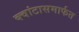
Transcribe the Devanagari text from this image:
क्वांटासमार्फत